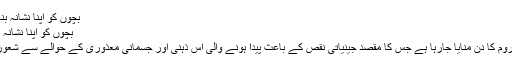
بچوں کو اپنا نشانہ بنانے والا لاعلاج مرض -
بچوں کو اپنا نشانہ بنانے والا لاعلاج مرض
﻿آج دنیا بھر میں ڈاؤن سنڈروم کا دن منایا جارہا ہے جس کا مقصد جینیاتی نقص کے باعث پیدا ہونے والی اس ذہنی اور جسمانی معذوری کے حوالے سے شعور اور آگاہی پیدا کرنا ہے۔